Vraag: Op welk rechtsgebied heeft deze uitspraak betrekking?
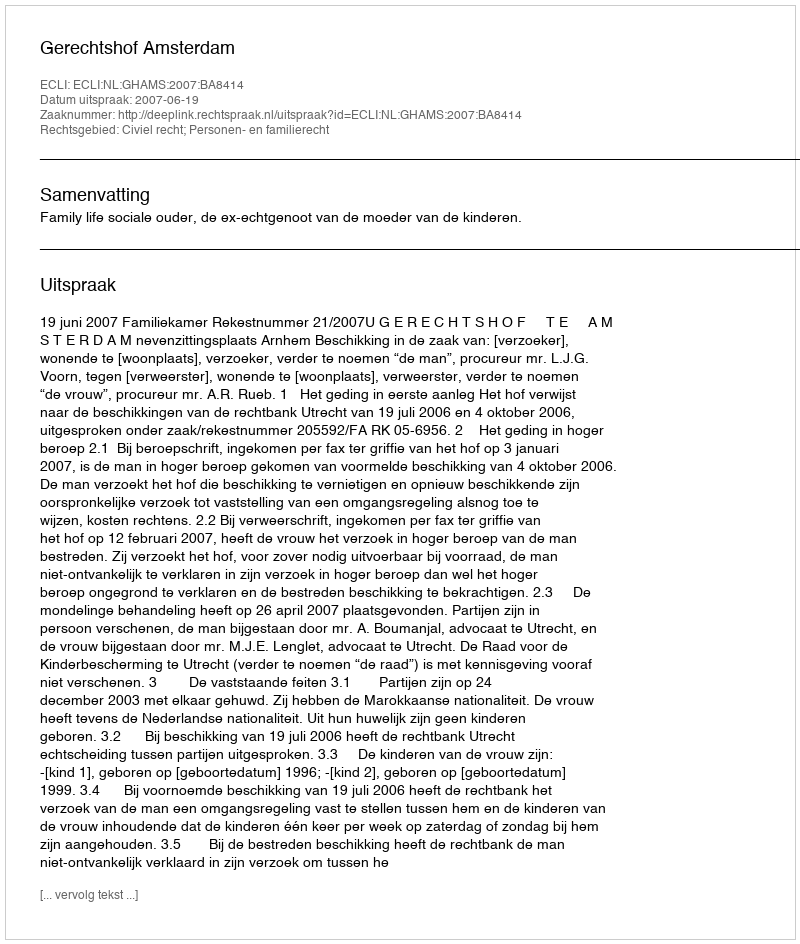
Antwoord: Civiel recht; Personen- en familierecht